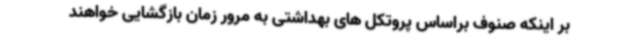
بر اینکه صنوف براساس پروتکل های بهداشتی به ‌مرور زمان بازگشایی خواهند